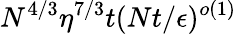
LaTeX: N^{4/3}\eta^{7/3}t(Nt/\epsilon)^{o(1)}